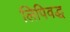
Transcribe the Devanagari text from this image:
लिपिवद्ध